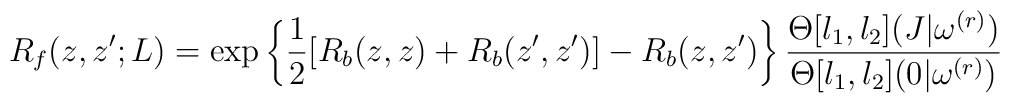
R_f(z,z';L)=\exp\left\{\frac{1}{2}[R_b(z,z)+R_b(z',z')]-R_b(z,z')\right\}\frac{\Theta[l_1,l_2](J|\omega^{(r)})}{\Theta[l_1,l_2](0|\omega^{(r)})}